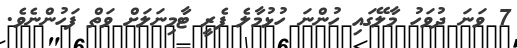
7 ވަނަ ދުވަހު މާލޭގައި ހުންނަ ހުޅުމާލެ ފެރީ ޓާމިނަލަށް ވަތް ފަހުންނެވެ.